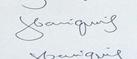
Signature authenticity: genuine